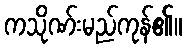
ကသိုဏ်းမည်ကုန်၏။